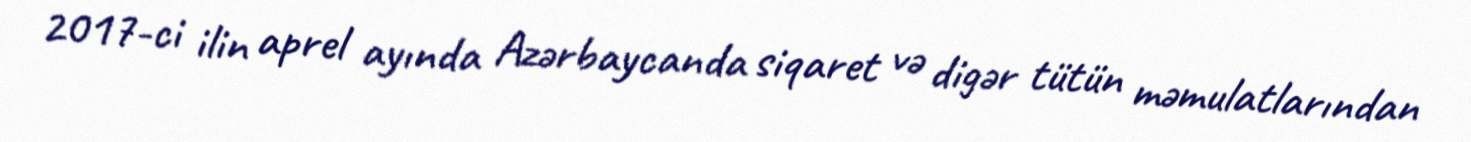
2017-ci ilin aprel ayında Azərbaycanda siqaret və digər tütün məmulatlarından